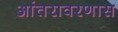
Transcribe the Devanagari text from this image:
आंतरावरणास